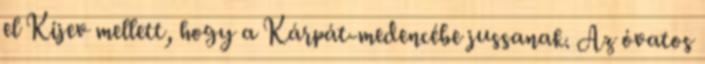
el Kijev mellett, hogy a Kárpát-medencébe jussanak. Az óvatos